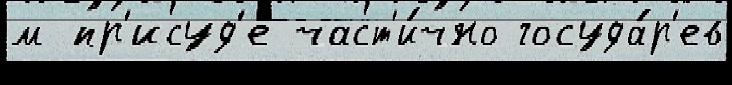
м пр'исуд'е част'и́чно госуда́р'ев